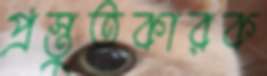
প্রস্তুতকারক